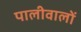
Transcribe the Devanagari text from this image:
पालीवालों